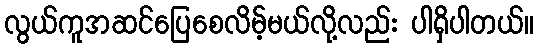
လွယ်ကူအဆင်ပြေစေလိမ့်မယ်လို့လည်း ပါရှိပါတယ်။